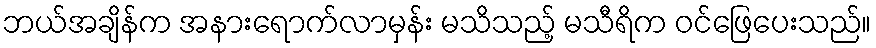
ဘယ်အချိန်က အနားရောက်လာမှန်း မသိသည့် မသီရိက ဝင်ဖြေပေးသည်။